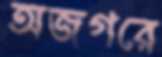
অজগরে